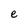
Character: e